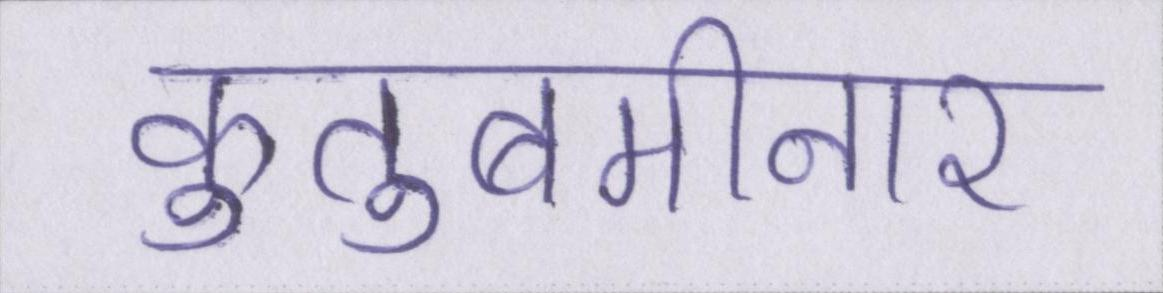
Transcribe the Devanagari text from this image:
कुतुबमीनार